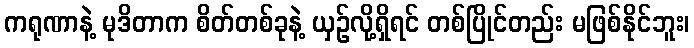
ကရုဏာနဲ့ မုဒိတာက စိတ်တစ်ခုနဲ့ ယှဉ်လို့ရှိရင် တစ်ပြိုင်တည်း မဖြစ်နိုင်ဘူး၊